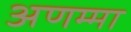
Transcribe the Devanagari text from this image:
अणम्मा